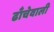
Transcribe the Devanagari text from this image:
ढाँचेवाली